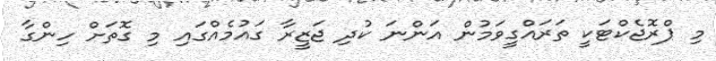
މި ޕްރޮޖެކްޓަކީ ތަރައްގީވަމުން އަންނަ ކުދި ޖަޒީރާ ގައުމެއްގައި މި ގޮތަށް ހިންގާ